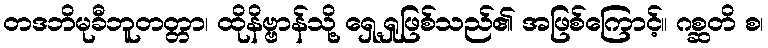
တဒဘိမုခီဘူတတ္တာ၊ ထိုနိဗ္ဗာန်သို့ ရှေ့ရှုဖြစ်သည်၏ အဖြစ်ကြောင့်။ ဂစ္ဆတိ စ၊